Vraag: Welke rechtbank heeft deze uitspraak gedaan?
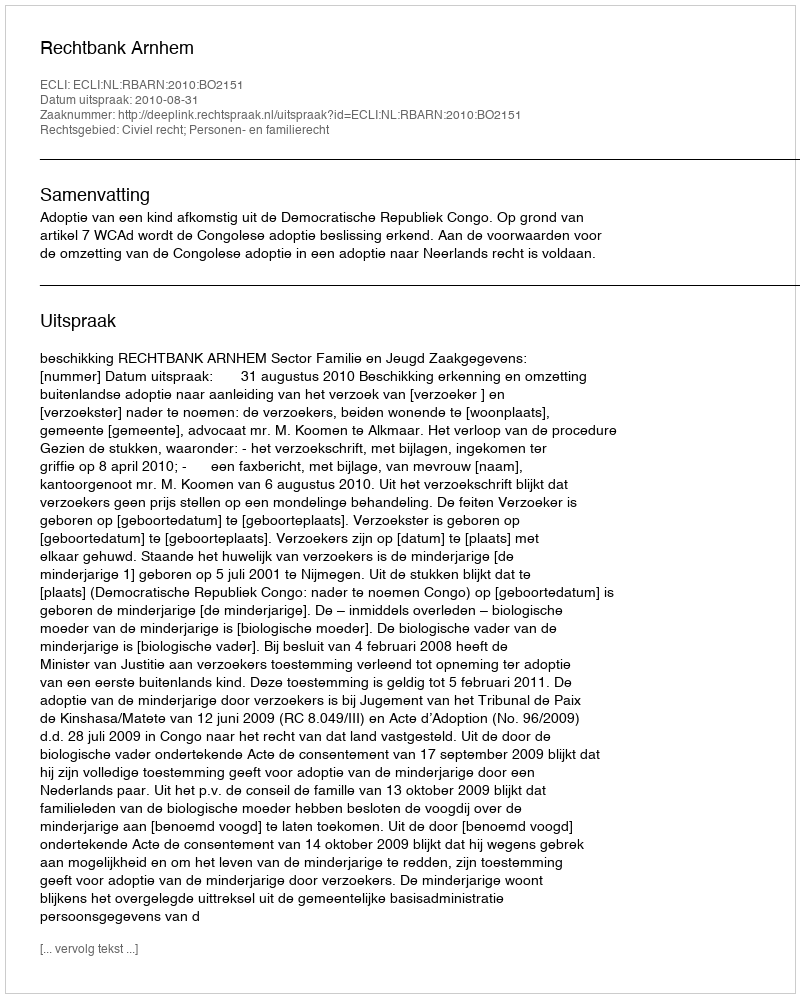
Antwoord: Rechtbank Arnhem